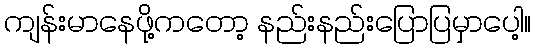
ကျန်းမာနေဖို့ကတော့ နည်းနည်းပြောပြမှာပေါ့။